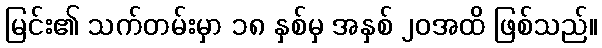
မြင်း၏ သက်တမ်းမှာ ၁၈ နှစ်မှ အနှစ် ၂၀အထိ ဖြစ်သည်။